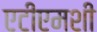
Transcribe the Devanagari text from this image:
एटीएमशी